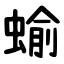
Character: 蝓